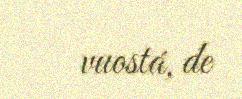
vuostá, de